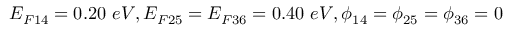
E _ { F 1 4 } = 0 . 2 0 ~ e V , E _ { F 2 5 } = E _ { F 3 6 } = 0 . 4 0 ~ e V , \phi _ { 1 4 } = \phi _ { 2 5 } = \phi _ { 3 6 } = 0